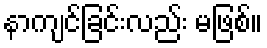
နာကျင်ခြင်းလည်း မဖြစ်။